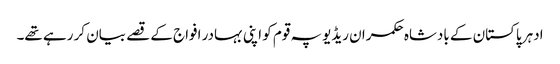
ادہر پاکستان کے بادشاہ حکمران ریڈیو پہ قوم کو اپنی بہادر افواج کے قصے بیان کر رہے تھے۔